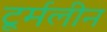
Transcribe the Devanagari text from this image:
टूर्मलीन